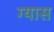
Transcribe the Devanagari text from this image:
ग्यास